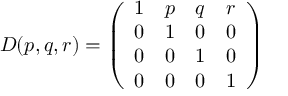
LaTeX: D ( p , q , r ) = \left( \begin{array} { c c c c } { { 1 } } & { { p } } & { { q } } & { { r } } \\ { { 0 } } & { { 1 } } & { { 0 } } & { { 0 } } \\ { { 0 } } & { { 0 } } & { { 1 } } & { { 0 } } \\ { { 0 } } & { { 0 } } & { { 0 } } & { { 1 } } \end{array} \right)